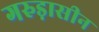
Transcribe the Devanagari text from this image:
गरुड़ासीन